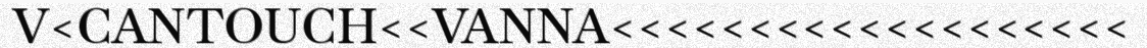
V<CANTOUCH<<VANNA<<<<<<<<<<<<<<<<<<<